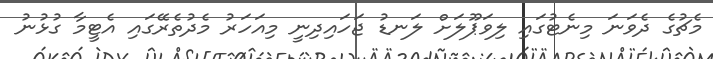
މެޗުގެ ދެވަނަ މިނެޓުގައި ލިވަޕޫލަށް ލަނޑު ޖަހައިދިނީ މިއަހަރު މެދުތެރޭގައި އެޓީމާ ގުޅުނު